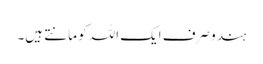
ہندو صرف ایک اللہ کو مانتے ہیں۔